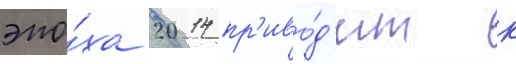
эпо́ха 2014 пр'иво́д'ит к